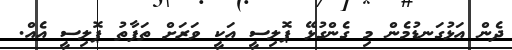
ދެން އަޅުގަނޑުމެން މި ގެންގުޅޭ ޕޮލިސީ އަކީ ވަރަށް ތަފާތު ޕޮލިސީ އެއް.